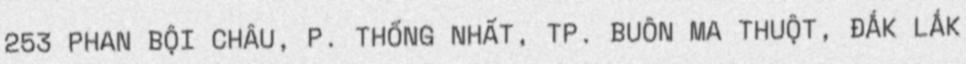
253 PHAN BỘI CHÂU, P. THỐNG NHẤT, TP. BUÔN MA THUỘT, ĐẮK LẮK